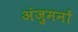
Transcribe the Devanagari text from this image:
अंजुमनों